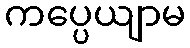
ကပ္ပေယျာမ